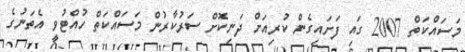
މަސައްކަތް 2007 ގައި ފަށައިގެން ކުރިއަށް ދަނިކޮށް ސަރުކާރުން މަސައްކަތް ހުއްޓުވީ އެތަނުގެ